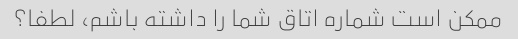
ممکن است شماره اتاق شما را داشته باشم، لطفا؟